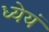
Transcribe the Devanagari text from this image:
ध्येयं